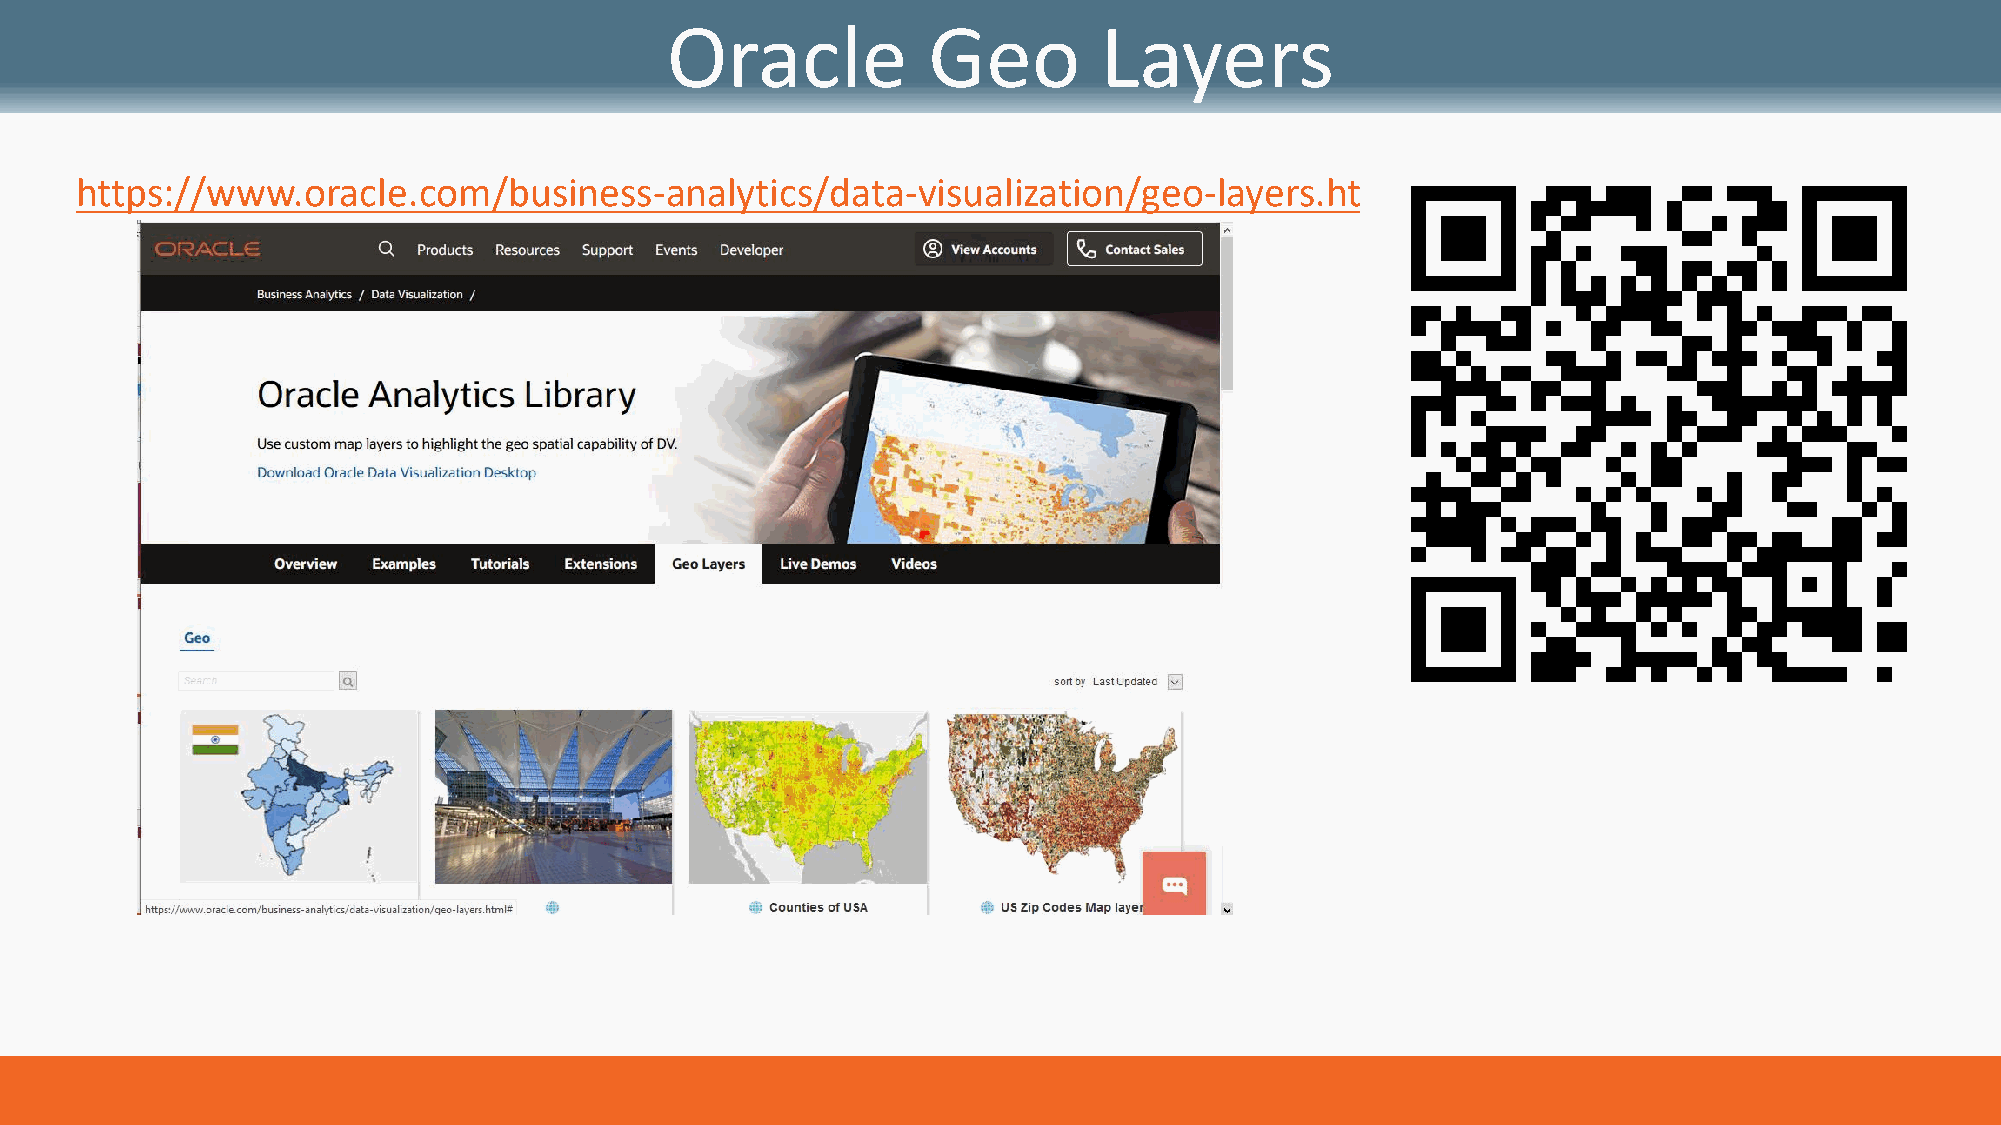
Oracle           Geo         Layers
 https://www.oracle.com/business-analytics/data-visualization/geo-layers.html